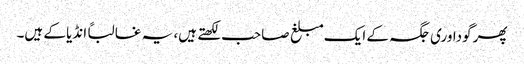
پھر گوداوری جگہ کے ایک مبلغ صاحب لکھتے ہیں، یہ غالباً انڈیا کے ہیں۔